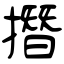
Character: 撍